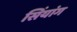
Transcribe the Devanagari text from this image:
सिंयांग